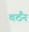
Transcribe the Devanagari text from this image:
बठैंन